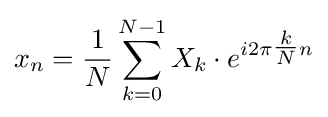
x_{n}={\frac {1}{N}}\sum _{k=0}^{N-1}X_{k}\cdot e^{i2\pi {\tfrac {k}{N}}n}